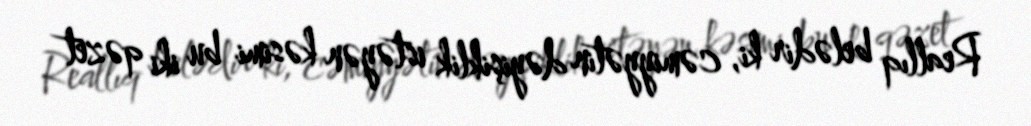
Reallıq belədir ki, cəmiyyətin dəyişiklik istəyən kəsimi bu iki qəzet